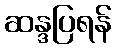
ဆန္ဒပြရန်